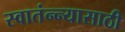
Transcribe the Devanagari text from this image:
स्वातंन्न्यासाठी